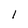
Character: I